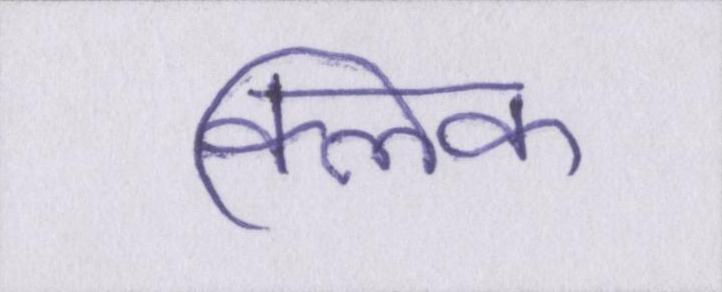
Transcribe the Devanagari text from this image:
क्लिक